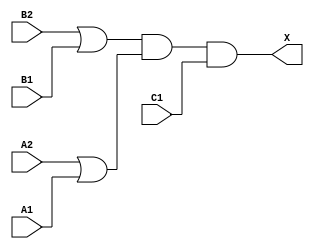
/*
 * Copyright 2020 The SkyWater PDK Authors
 *
 * Licensed under the Apache License, Version 2.0 (the "License");
 * you may not use this file except in compliance with the License.
 * You may obtain a copy of the License at
 *
 *     https://www.apache.org/licenses/LICENSE-2.0
 *
 * Unless required by applicable law or agreed to in writing, software
 * distributed under the License is distributed on an "AS IS" BASIS,
 * WITHOUT WARRANTIES OR CONDITIONS OF ANY KIND, either express or implied.
 * See the License for the specific language governing permissions and
 * limitations under the License.
 *
 * SPDX-License-Identifier: Apache-2.0
*/


`ifndef SKY130_FD_SC_HD__O221A_BEHAVIORAL_V
`define SKY130_FD_SC_HD__O221A_BEHAVIORAL_V

/**
 * o221a: 2-input OR into first two inputs of 3-input AND.
 *
 *        X = ((A1 | A2) & (B1 | B2) & C1)
 *
 * Verilog simulation functional model.
 */

`timescale 1ns / 1ps
`default_nettype none

`celldefine
module sky130_fd_sc_hd__o221a (
    X ,
    A1,
    A2,
    B1,
    B2,
    C1
);

    // Module ports
    output X ;
    input  A1;
    input  A2;
    input  B1;
    input  B2;
    input  C1;

    // Module supplies
    supply1 VPWR;
    supply0 VGND;
    supply1 VPB ;
    supply0 VNB ;

    // Local signals
    wire or0_out   ;
    wire or1_out   ;
    wire and0_out_X;

    //  Name  Output      Other arguments
    or  or0  (or0_out   , B2, B1              );
    or  or1  (or1_out   , A2, A1              );
    and and0 (and0_out_X, or0_out, or1_out, C1);
    buf buf0 (X         , and0_out_X          );

endmodule
`endcelldefine

`default_nettype wire
`endif  // SKY130_FD_SC_HD__O221A_BEHAVIORAL_V